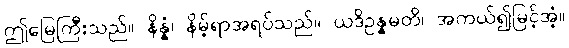
ဤမြေကြီးသည်။ နိန္နံ၊ နိမ့်ရာအရပ်သည်။ ယဒိဥန္နမတိ၊ အကယ်၍မြင့်အံ့။